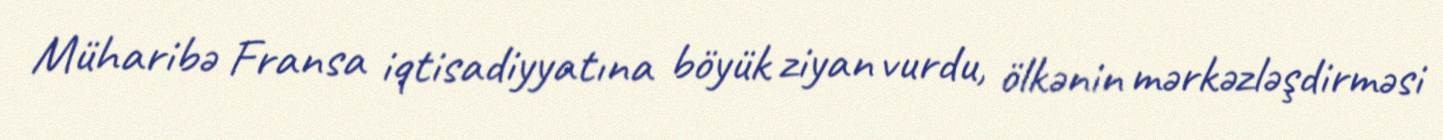
Müharibə Fransa iqtisadiyyatına böyük ziyan vurdu, ölkənin mərkəzləşdirməsi